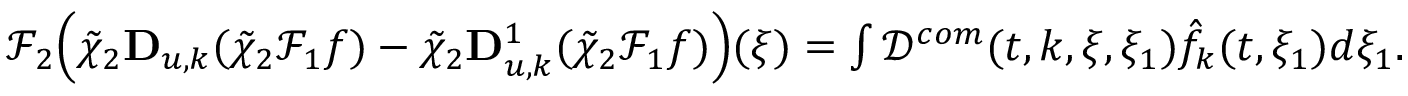
\begin{array} { r } { \mathcal { F } _ { 2 } \Big ( \tilde { \chi } _ { 2 } \mathbf { D } _ { u , k } ( \tilde { \chi } _ { 2 } \mathcal { F } _ { 1 } { f } ) - \tilde { \chi } _ { 2 } \mathbf { D } _ { u , k } ^ { 1 } ( \tilde { \chi } _ { 2 } \mathcal { F } _ { 1 } { f } ) \Big ) ( \xi ) = \int \mathcal { D } ^ { c o m } ( t , k , \xi , \xi _ { 1 } ) \hat { f } _ { k } ( t , \xi _ { 1 } ) d \xi _ { 1 } . } \end{array}